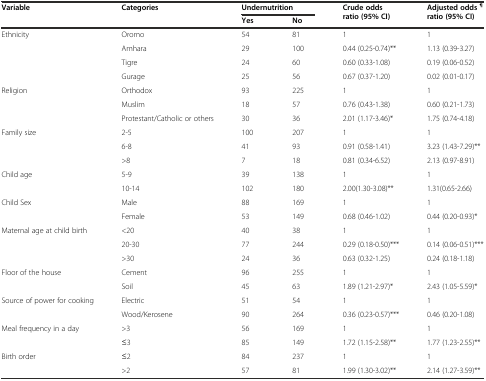
<table><thead><tr><td><b>Variable</b></td><td rowspan="2"><b>Categories</b></td><td colspan="2"><b>Undernutrition</b></td><td rowspan="2"><b>Crude odds ratio (95% CI)</b></td><td rowspan="2"><b>Adjusted odds<sup>¶</sup>ratio (95% CI)</b></td></tr><tr><td></td><td><b>Yes</b></td><td><b>No</b></td></tr></thead><tbody><tr><td rowspan="4">Ethnicity</td><td>Oromo</td><td>54</td><td>81</td><td>1</td><td>1</td></tr><tr><td>Amhara</td><td>29</td><td>100</td><td>0.44 (0.25-0.74)**</td><td>1.13 (0.39-3.27)</td></tr><tr><td>Tigre</td><td>24</td><td>60</td><td>0.60 (0.33-1.08)</td><td>0.19 (0.06-0.52)</td></tr><tr><td>Gurage</td><td>25</td><td>56</td><td>0.67 (0.37-1.20)</td><td>0.02 (0.01-0.17)</td></tr><tr><td rowspan="3">Religion</td><td>Orthodox</td><td>93</td><td>225</td><td>1</td><td>1</td></tr><tr><td>Muslim</td><td>18</td><td>57</td><td>0.76 (0.43-1.38)</td><td>0.60 (0.21-1.73)</td></tr><tr><td>Protestant/Catholic or others</td><td>30</td><td>36</td><td>2.01 (1.17-3.46)*</td><td>1.75 (0.74-4.18)</td></tr><tr><td rowspan="2">Family size</td><td>2-5</td><td>100</td><td>207</td><td>1</td><td>1</td></tr><tr><td>6-8</td><td>41</td><td>93</td><td>0.91 (0.58-1.41)</td><td>3.23 (1.43-7.29)**</td></tr><tr><td></td><td>&gt;8</td><td>7</td><td>18</td><td>0.81 (0.34-6.52)</td><td>2.13 (0.97-8.91)</td></tr><tr><td rowspan="2">Child age</td><td>5-9</td><td>39</td><td>138</td><td>1</td><td>1</td></tr><tr><td>10-14</td><td>102</td><td>180</td><td>2.00(1.30-3.08)**</td><td>1.31(0.65-2.66)</td></tr><tr><td rowspan="2">Child Sex</td><td>Male</td><td>88</td><td>169</td><td>1</td><td>1</td></tr><tr><td>Female</td><td>53</td><td>149</td><td>0.68 (0.46-1.02)</td><td>0.44 (0.20-0.93)*</td></tr><tr><td rowspan="3">Maternal age at child birth</td><td>&lt;20</td><td>40</td><td>38</td><td>1</td><td>1</td></tr><tr><td>20-30</td><td>77</td><td>244</td><td>0.29 (0.18-0.50)***</td><td>0.14 (0.06-0.51)***</td></tr><tr><td>&gt;30</td><td>24</td><td>36</td><td>0.63 (0.32-1.25)</td><td>0.24 (0.18-1.18)</td></tr><tr><td rowspan="2">Floor of the house</td><td>Cement</td><td>96</td><td>255</td><td>1</td><td>1</td></tr><tr><td>Soil</td><td>45</td><td>63</td><td>1.89 (1.21-2.97)*</td><td>2.43 (1.05-5.59)*</td></tr><tr><td rowspan="2">Source of power for cooking</td><td>Electric</td><td>51</td><td>54</td><td>1</td><td>1</td></tr><tr><td>Wood/Kerosene</td><td>90</td><td>264</td><td>0.36 (0.23-0.57)***</td><td>0.46 (0.20-1.08)</td></tr><tr><td rowspan="2">Meal frequency in a day</td><td>&gt;3</td><td>56</td><td>169</td><td>1</td><td>1</td></tr><tr><td>≤3</td><td>85</td><td>149</td><td>1.72 (1.15-2.58)**</td><td>1.77 (1.23-2.55)**</td></tr><tr><td rowspan="2">Birth order</td><td>≤2</td><td>84</td><td>237</td><td>1</td><td>1</td></tr><tr><td>&gt;2</td><td>57</td><td>81</td><td>1.99 (1.30-3.02)**</td><td>2.14 (1.27-3.59)**</td></tr></tbody></table>